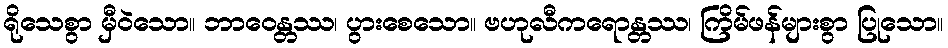
ရိုသေစွာ မှီဝဲသော။ ဘာဝေန္တဿ၊ ပွားစေသော။ ဗဟုလီကရောန္တဿ၊ ကြိမ်ဖန်များစွာ ပြုသော။